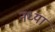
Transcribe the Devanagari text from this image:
नध्या